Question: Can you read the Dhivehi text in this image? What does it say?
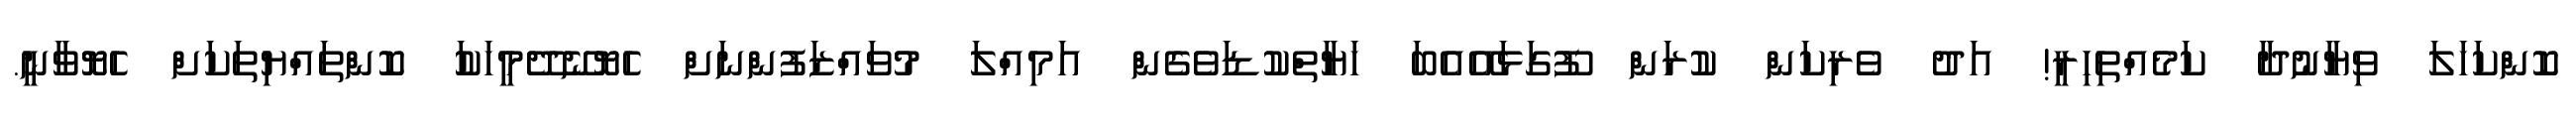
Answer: ކޮންކަހަލަ ވިޔާނުދާ ކަމެއްތިހިރީ! އަދު ވެރިކަން ކުރަން ފޫގަޅައޭއެބަ ހަޔާތްކުޑަވެގެން އަމިއްލަ މުވައްޒަފުންނަށް ހެޔޮނޭދޭމީހަކަު ކޮންތައްޔިތަކަށް ހެޔޮވާނީ.